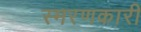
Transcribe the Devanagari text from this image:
स्मरणकारी